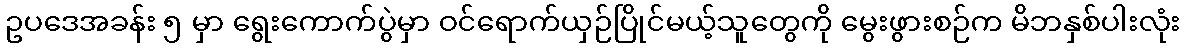
ဥပဒေအခန်း ၅ မှာ ရွေးကောက်ပွဲမှာ ဝင်ရောက်ယှဉ်ပြိုင်မယ့်သူတွေကို မွေးဖွားစဉ်က မိဘနှစ်ပါးလုံး